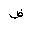
Letter: _dad